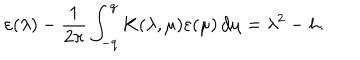
LaTeX: \varepsilon ( \lambda ) - \frac { 1 } { 2 \pi } \int _ { - q } ^ { q } K ( \lambda , \mu ) \varepsilon ( \mu ) \, d \mu = \lambda ^ { 2 } - h .